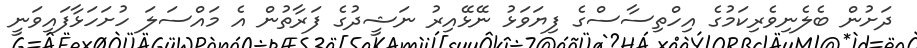
ދަށުން ބެލެނިވެރިކަމުގެ އިހްތިސާސްގެ ފިޔަވަޅު ނޭޅޭއިރު ނަޝީދުގެ ފަރާތުން އެ މައްސަލަ ހުށަހަޅާފައިވަނީ